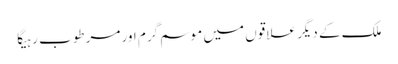
ملک کے دیگر علاقوں میں موسم گرم اور مرطوب رہیگا